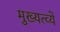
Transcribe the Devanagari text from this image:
मुख्यत्व्ये